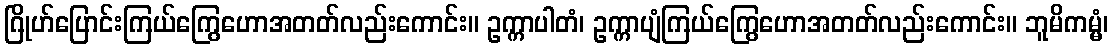
ဂြိုဟ်ပြောင်းကြယ်ကြွေဟောအတတ်လည်းကောင်း။ ဥက္ကာပါတံ၊ ဥက္ကာပျံကြယ်ကြွေဟောအတတ်လည်းကောင်း။ ဘူမိကမ္မံ၊